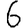
Digit: 6